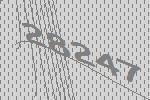
28247